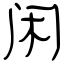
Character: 闲